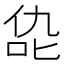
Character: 㖌